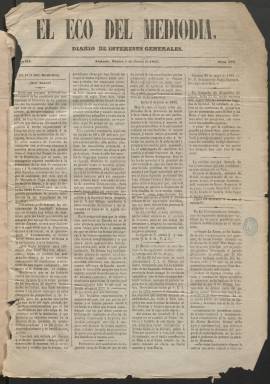
Título: El Eco del mediodía
Colección: Periódicos
Ámbito geográfico: Almería
Lugar de publicación: Almería
Fechas: 05/06/1866-23/06/1866